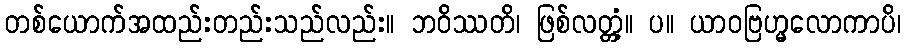
တစ်ယောက်အထည်းတည်းသည်လည်း။ ဘဝိဿတိ၊ ဖြစ်လတ္တံ့။ ပ။ ယာဝဗြဟ္မလောကာပိ၊